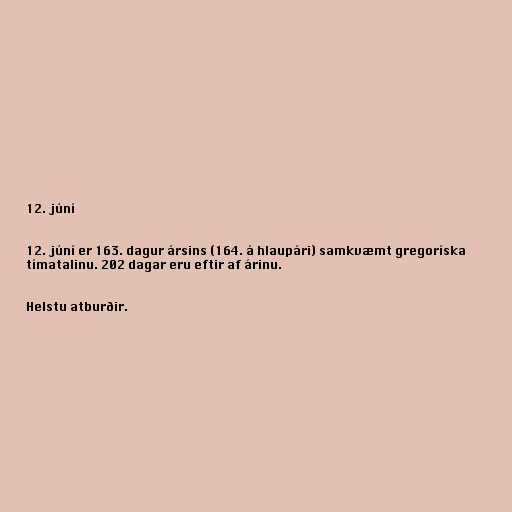
12. júní

12. júní er 163. dagur ársins (164. á hlaupári) samkvæmt gregoríska
tímatalinu. 202 dagar eru eftir af árinu.

Helstu atburðir.